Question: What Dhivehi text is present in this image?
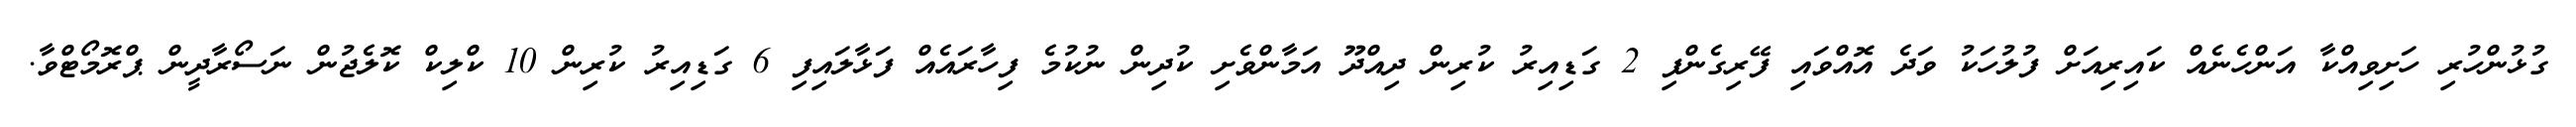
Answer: ގުޅުންހުރި ހަށިވިއްކާ އަންހެނެއް ކައިރިއަށް ފުލުހަކު ވަދެ އޮއްވައި ފޭރިގެންފި 2 ގަޑިއިރު ކުރިން ދިއްދޫ އަމާންވެށި ކުދިން ނުކުމެ ފިހާރައެއް ފަޅާލައިފި 6 ގަޑިއިރު ކުރިން 10 ކްލިކް ކޮލެޖުން ނަސޯރާދީން ޕްރޮމޯޓްވާ.